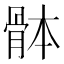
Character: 骵